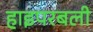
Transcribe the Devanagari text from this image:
हाइपरबली